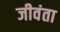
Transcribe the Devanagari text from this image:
जीवंता